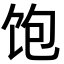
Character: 饱